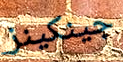
جينكينز